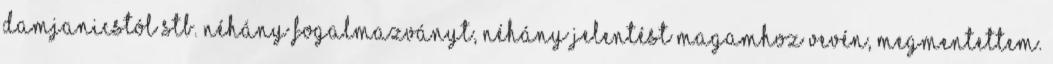
Damjanicstól stb. néhány fogalmazványt, néhány jelentést magamhoz vevén, megmentettem.